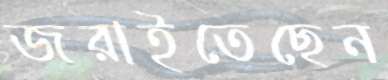
জরাইতেছেন